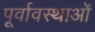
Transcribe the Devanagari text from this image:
पूर्वावस्थाओं